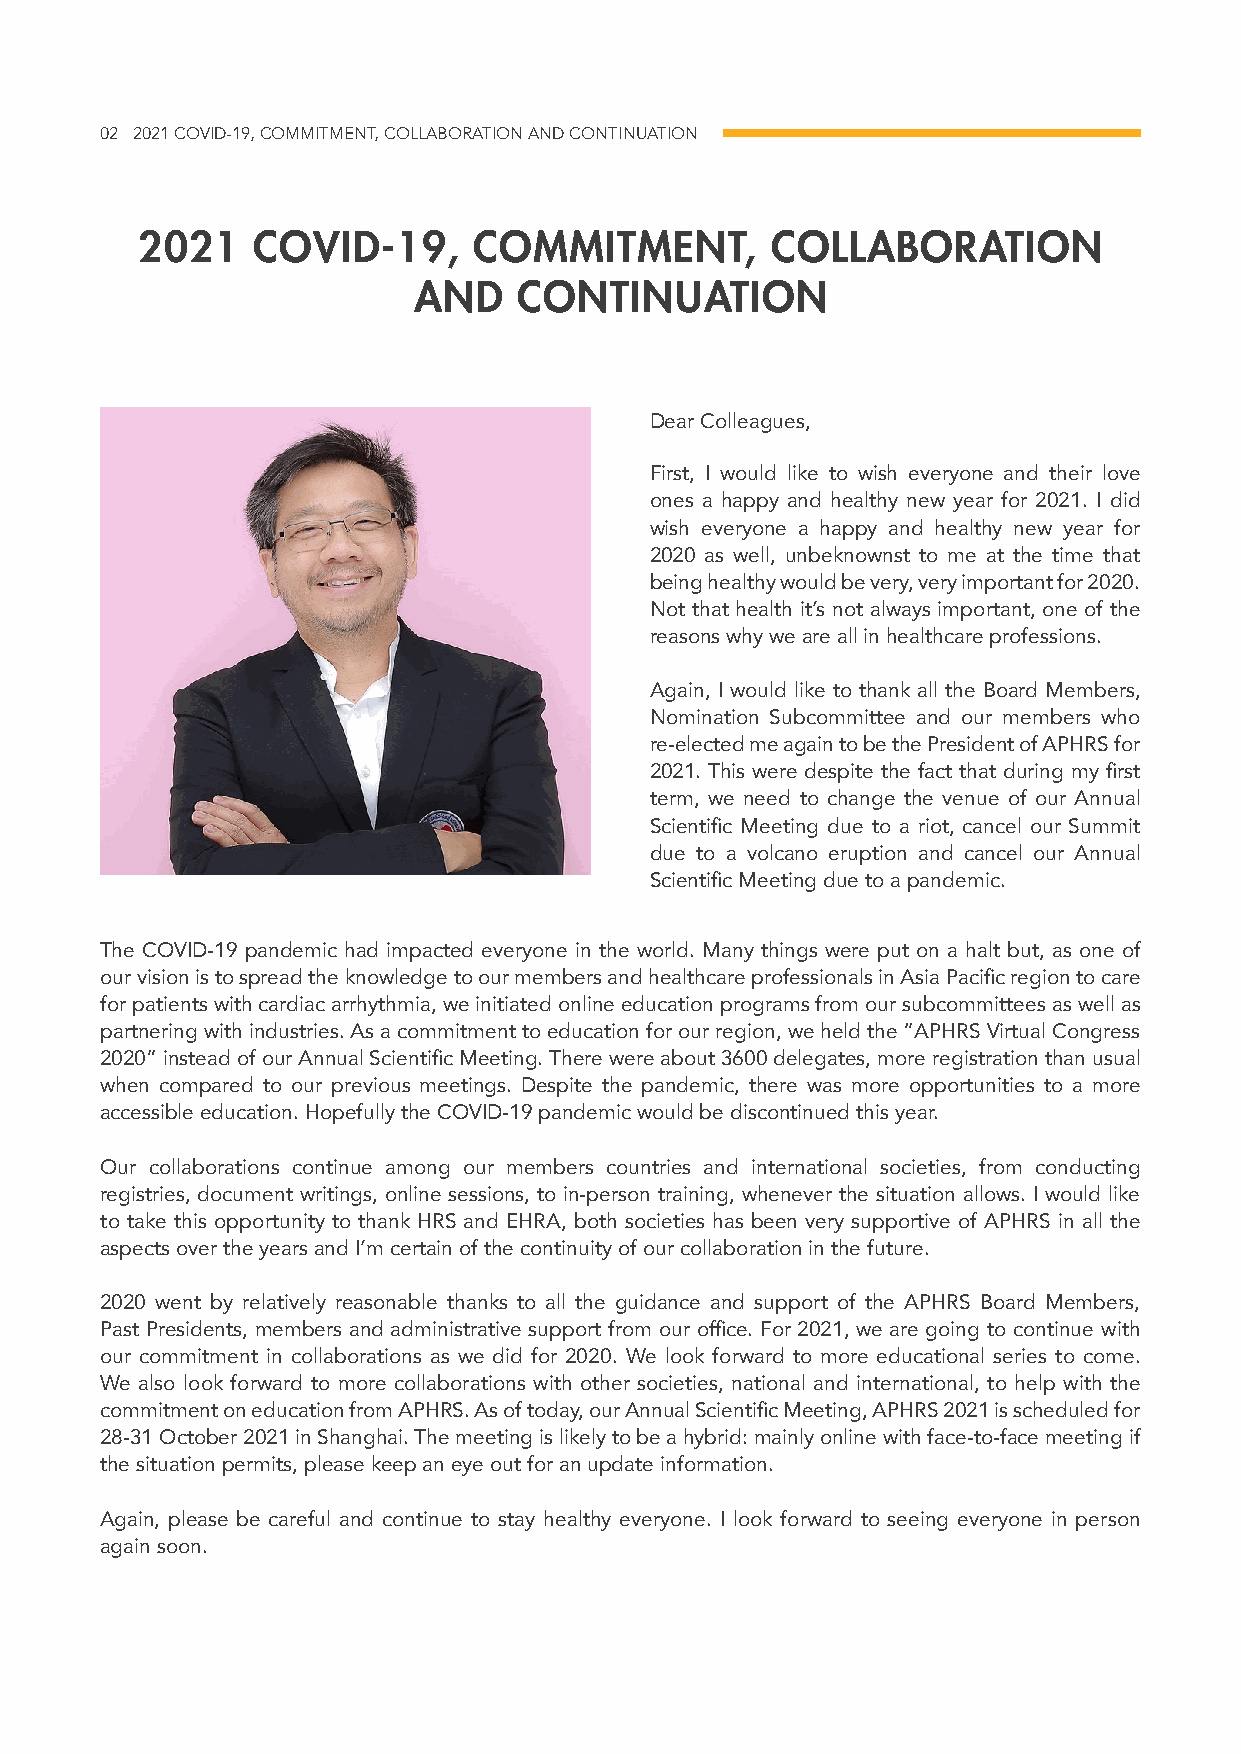
02 2021 COVID-19, COMMITMENT, COLLABORATION AND CONTINUATION
 2021    COVID-19,     COMMITMENT,         COLLABORATION
 AND    CONTINUATION
 Dear Colleagues,
 First, I would like to wish everyone and their love
 ones a happy and healthy new year for 2021. I did
 wish everyone a happy and healthy new year for
 2020 as well, unbeknownst to me at the time that
 being healthy would be very, very important for 2020.
 Not that health it’s not always important, one of the
 reasons why we are all in healthcare professions.
 Again, I would like to thank all the Board Members,
 Nomination Subcommittee and our members who
 re-elected me again to be the President of APHRS for
 2021. This were despite the fact that during my first
 term, we need to change the venue of our Annual
 Scientific Meeting due to a riot, cancel our Summit
 due to a volcano eruption and cancel our Annual
 Scientific Meeting due to a pandemic.
 The COVID-19 pandemic had impacted everyone in the world. Many things were put on a halt but, as one of
 our vision is to spread the knowledge to our members and healthcare professionals in Asia Pacific region to care
 for patients with cardiac arrhythmia, we initiated online education programs from our subcommittees as well as
 partnering with industries. As a commitment to education for our region, we held the “APHRS Virtual Congress
 2020” instead of our Annual Scientific Meeting. There were about 3600 delegates, more registration than usual
 when compared to our previous meetings. Despite the pandemic, there was more opportunities to a more
 accessible education. Hopefully the COVID-19 pandemic would be discontinued this year.
 Our collaborations continue among our members countries and international societies, from conducting
 registries, document writings, online sessions, to in-person training, whenever the situation allows. I would like
 to take this opportunity to thank HRS and EHRA, both societies has been very supportive of APHRS in all the
 aspects over the years and I’m certain of the continuity of our collaboration in the future.
 2020 went by relatively reasonable thanks to all the guidance and support of the APHRS Board Members,
 Past Presidents, members and administrative support from our office. For 2021, we are going to continue with
 our commitment in collaborations as we did for 2020. We look forward to more educational series to come.
 We also look forward to more collaborations with other societies, national and international, to help with the
 commitment on education from APHRS. As of today, our Annual Scientific Meeting, APHRS 2021 is scheduled for
 28-31 October 2021 in Shanghai. The meeting is likely to be a hybrid: mainly online with face-to-face meeting if
 the situation permits, please keep an eye out for an update information.
 Again, please be careful and continue to stay healthy everyone. I look forward to seeing everyone in person
 again soon.